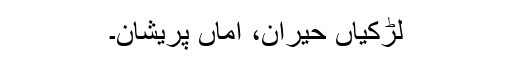
لڑکیاں حیران، اماں پریشان۔